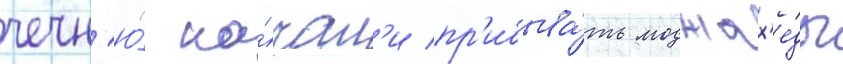
чечн'ю́ на́чал'и пр'ибыва́ть моджах'е́ды